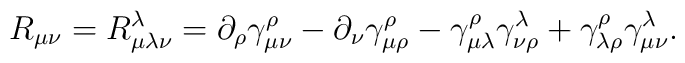
R_{\mu\nu}=R^\lambda_{\mu\lambda\nu}=\partial_\rho \gamma^\rho_{\mu\nu}-\partial_\nu \gamma^\rho_{\mu\rho} -\gamma^\rho_{\mu\lambda}\gamma^\lambda_{\nu\rho}+\gamma^\rho_{\lambda\rho}\gamma^\lambda_{\mu\nu}.